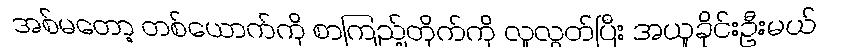
အစ်မတော့ တစ်ယောက်ကို စာကြည့်တိုက်ကို လူလွှတ်ပြီး အယူခိုင်းဦးမယ်